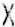
X